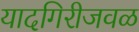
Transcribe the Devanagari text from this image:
यादगिरीजवळ